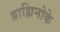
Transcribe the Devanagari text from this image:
ब्राह्मिनोके